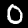
Digit: 0